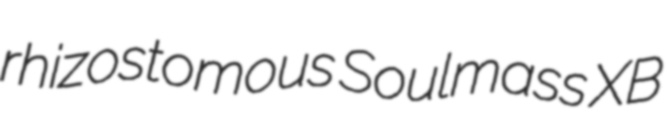
rhizostomous Soulmass XB